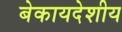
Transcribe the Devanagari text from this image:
बेकायदेशीय